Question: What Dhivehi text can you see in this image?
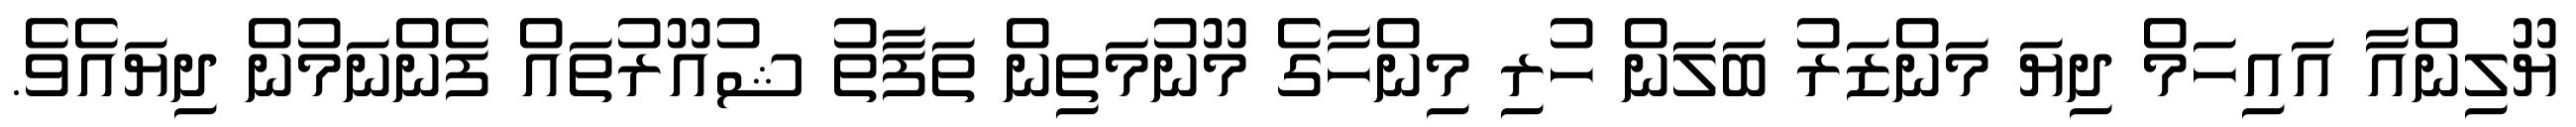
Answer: ޔޫލިންއާ އައިހަމް ދިޔަ މަންޒަރު ބަލަން ހުރި މިންހާގެ މޫނުމަތިން ތަފާތު ޝުއޫރުތައް ފެންނަމުން ދިޔައެވެ.